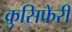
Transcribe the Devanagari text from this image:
क्रुसिफेरी